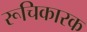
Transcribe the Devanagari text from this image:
रूचिकारक